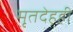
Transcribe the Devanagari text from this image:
मृतदेहही